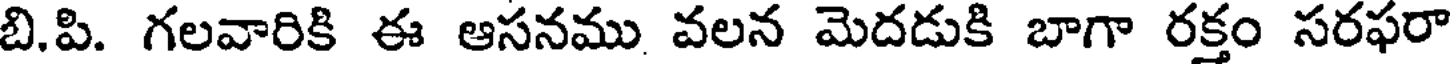
బి.పి. గలవారికి ఈ ఆసనము వలన మెదడుకి బాగా రక్తం సరఫరా